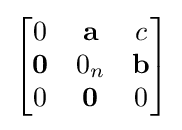
{\begin{bmatrix}0&\mathbf {a} &c\\\mathbf {0} &0_{n}&\mathbf {b} \\0&\mathbf {0} &0\end{bmatrix}}